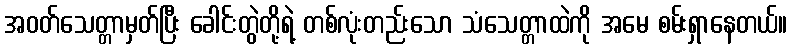
အဝတ်သေတ္တာမှတ်ပြီး ခေါင်းတွဲတို့ရဲ့ တစ်လုံးတည်းသော သံသေတ္တာထဲကို အမေ စမ်းရှာနေတယ်။